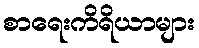
စာရေးကိရိယာများ